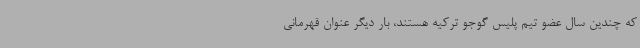
که چندین سال عضو تیم پلیس گوجو ترکیه هستند، بار دیگر عنوان قهرمانی